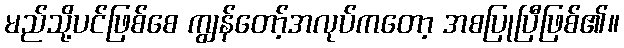
မည်သို့ပင်ဖြစ်စေ ကျွန်တော့်အလုပ်ကတော့ အစပြုပြီဖြစ်၏။